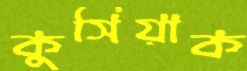
কুসিয়াক